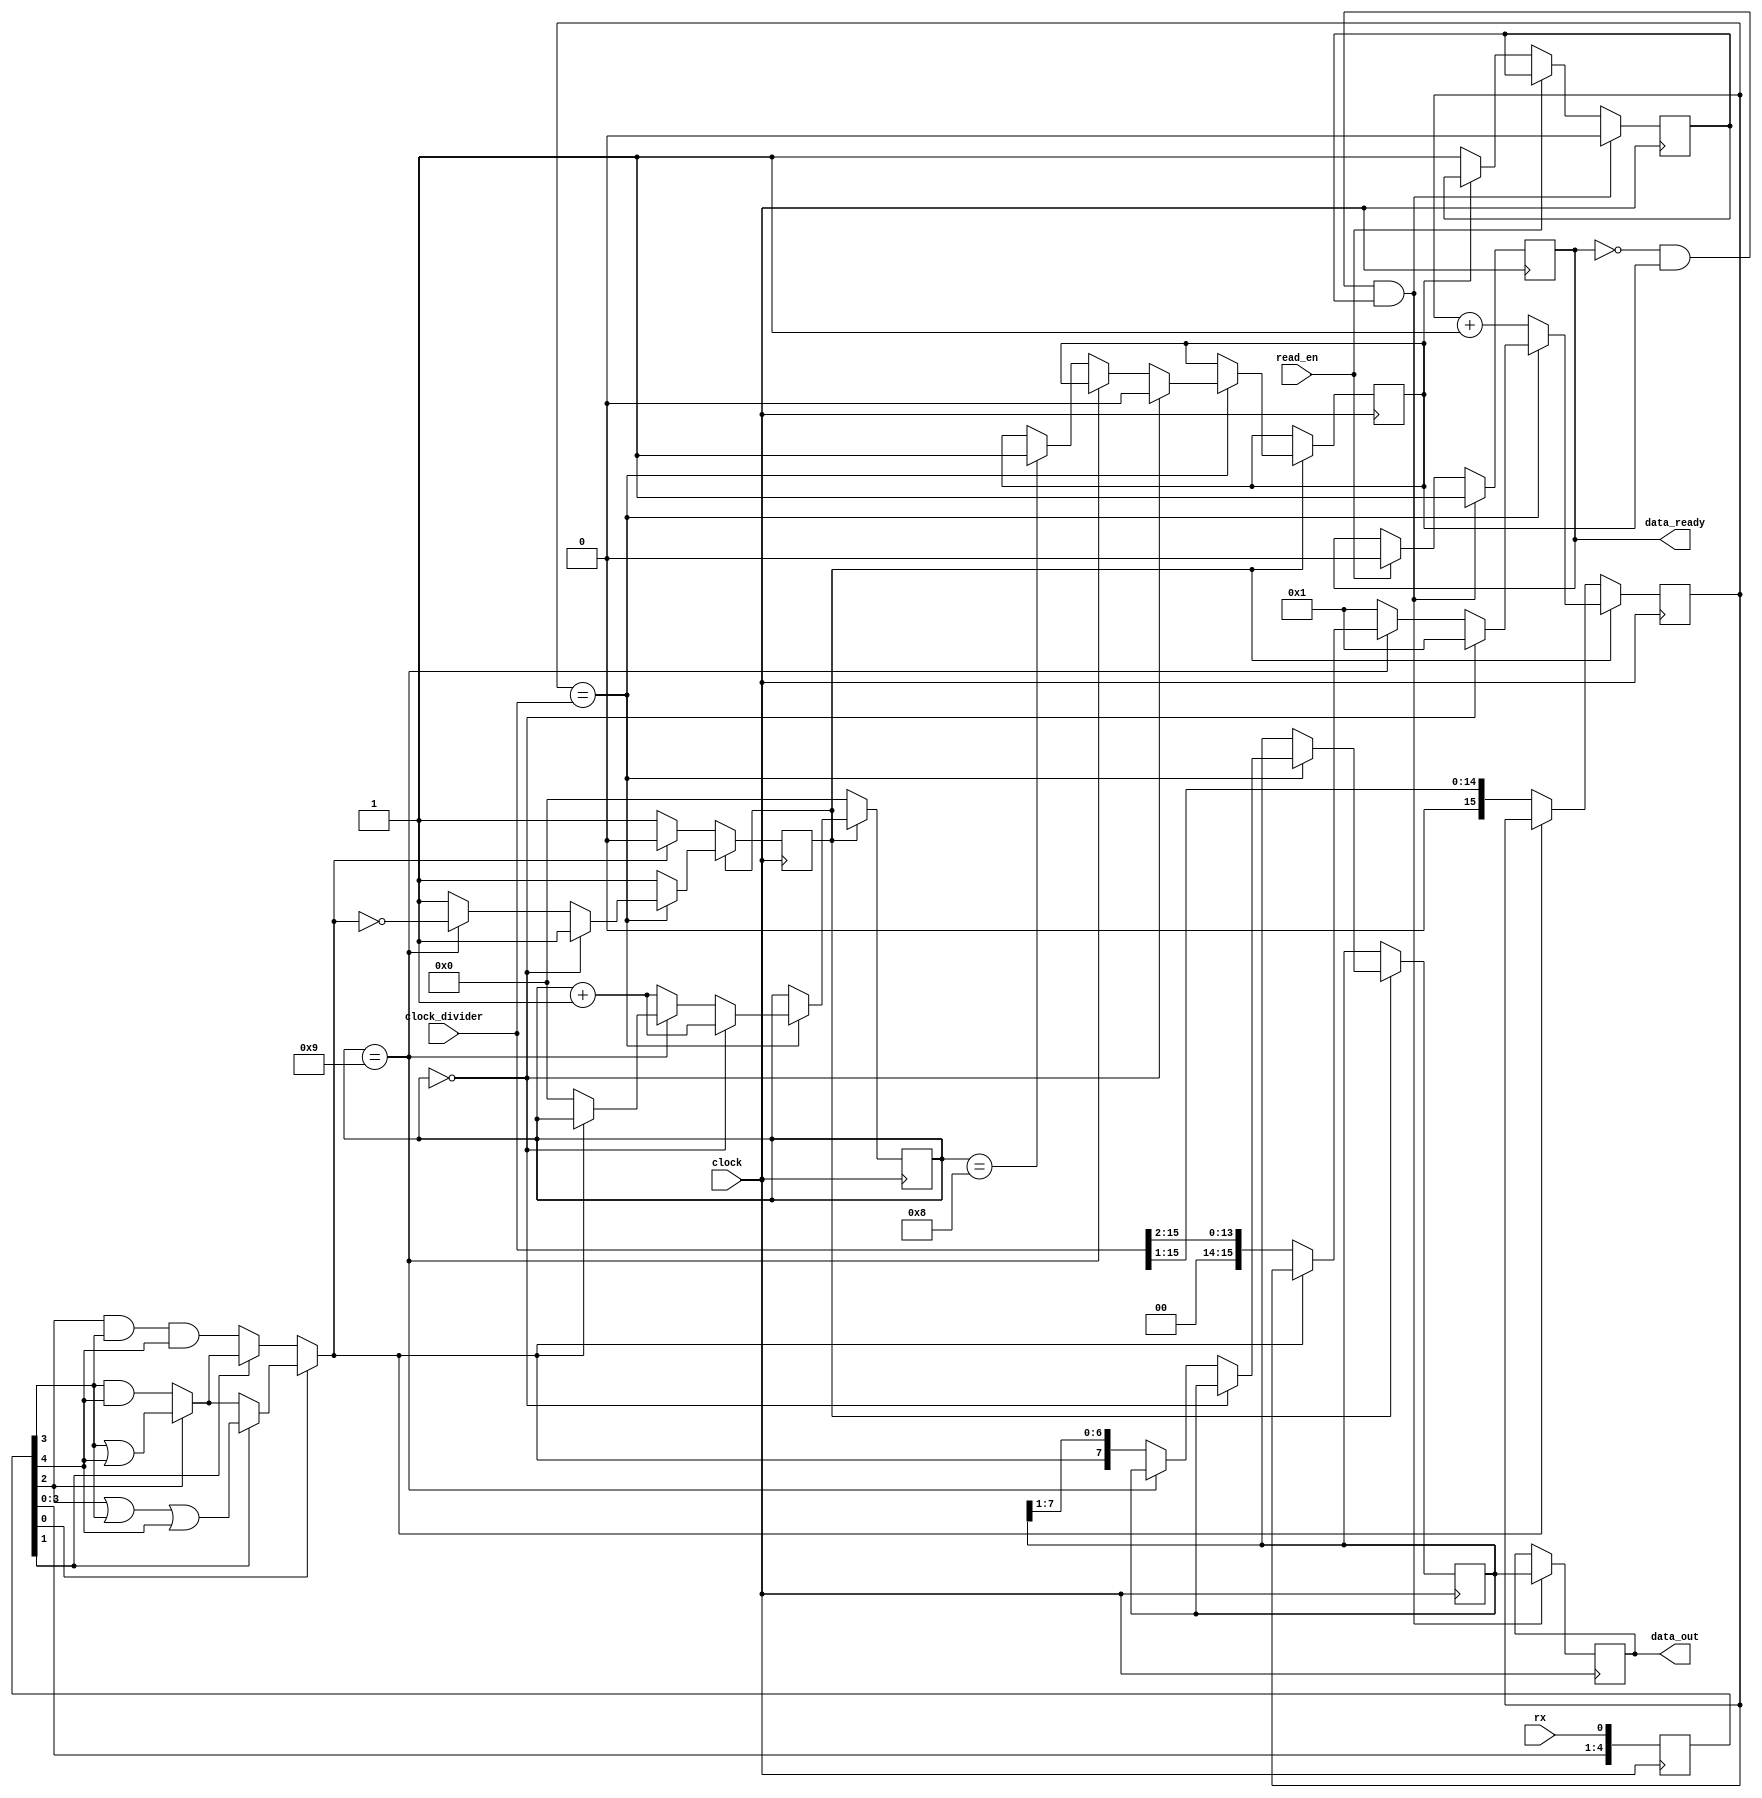
module uart_rx(
    input clock,
    input [15:0] clock_divider,
    input read_en,
    input rx,
    output reg data_ready,
    output reg [WIDTH-1:0] data_out
);
    parameter WIDTH = 8;

    initial data_ready = 0;

    reg reading = 0; // Are we currently reading a byte?
    reg [15:0] clock_counter = 0; // Counts up to the clock divider
    reg [3:0] bit_number; // Which bit are we currently reading?
    reg [7:0] buffer = 8'h0; // Shift buffer for incoming bits
    reg buffer_ready = 0; // 1 if buffer has a valid byte value for read

    reg [4:0] debounce_rx = 5'h1F;
    wire real_rx = debounce_rx[0] ?
        (
            debounce_rx[1] ? (debounce_rx[2] | debounce_rx[3] | debounce_rx[4]) :
            debounce_rx[2] ? (debounce_rx[3] | debounce_rx[4]) :
            debounce_rx[3] & debounce_rx[4]
        ) :
        debounce_rx[1] ? (
            debounce_rx[2] ? (debounce_rx[3] | debounce_rx[4]) :
            debounce_rx[3] & debounce_rx[4]
        ) :
        debounce_rx[2] & debounce_rx[3] & debounce_rx[4];

    always @(posedge clock) begin
       debounce_rx <= { debounce_rx[3:0], rx };

       if (~reading) begin
        // Bit number stays at zero while waiting for the next byte
         bit_number <= 4'h0;
         if (~real_rx) begin
            // RX went low, count to half the baud clock width and sample
            clock_counter <= { 1'b0, clock_divider[15:1] };
            reading <= 1'b1;
         end
       end else begin
         if (clock_counter == clock_divider) begin
             // take a sample
             if (bit_number == 4'h0) begin
                 // We are still in the start bit, init details
                 buffer_ready <= 1'b0; // About to write to this
                 bit_number <= bit_number + 1;
                 // Clock counter starts at 1 indexed so you can calc
                 // the divider value based without accounting for zero bit
                 clock_counter <= 16'h1;
             end else if (bit_number == 4'h9) begin
                 // Stop bit, if real_rx is low, we took too long, read right away
                 reading = ~real_rx;
                 if (~real_rx) begin
                    // We took too long on the last byte, this time
                    // Remove one clock cycle and go straight into the
                    // next start bit
                    clock_counter <= clock_divider[15:2];
                    bit_number <= 4'h0;
                 end
             end else begin
                 if (bit_number == 4'h8) begin
                     // We read all 8 bits, byte is ready to move into
                     // the output value
                     buffer_ready <= 1'b1;
                 end
                 clock_counter <= 16'h1;
                 bit_number <= bit_number + 1;
                 buffer = { real_rx, buffer[7:1] };
             end
         end else begin
             clock_counter <= clock_counter + 1;
         end
       end
    end

    // make sure buffer ready goes low at least once between reads
    // to ensure we don't read the same value twice
    reg new_data = 0;
    always @(posedge clock) begin
        if (~data_ready & buffer_ready & new_data) begin
            data_out <= buffer;
            data_ready <= 1'b1;
            new_data <= 1'b0;
        end else if (read_en) begin
            data_ready <= 1'b0;
        end else if (~buffer_ready) begin
            new_data <= 1'b1;
        end
    end
endmodule